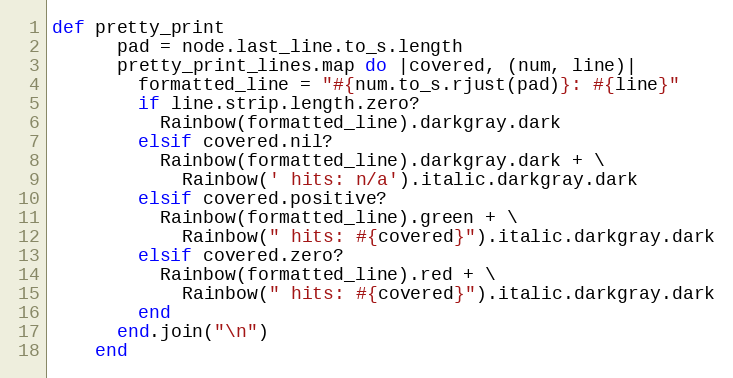
Language: Ruby
def pretty_print
      pad = node.last_line.to_s.length
      pretty_print_lines.map do |covered, (num, line)|
        formatted_line = "#{num.to_s.rjust(pad)}: #{line}"
        if line.strip.length.zero?
          Rainbow(formatted_line).darkgray.dark
        elsif covered.nil?
          Rainbow(formatted_line).darkgray.dark + \
            Rainbow(' hits: n/a').italic.darkgray.dark
        elsif covered.positive?
          Rainbow(formatted_line).green + \
            Rainbow(" hits: #{covered}").italic.darkgray.dark
        elsif covered.zero?
          Rainbow(formatted_line).red + \
            Rainbow(" hits: #{covered}").italic.darkgray.dark
        end
      end.join("\n")
    end